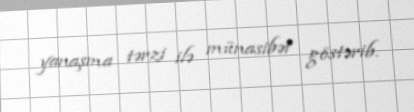
yanaşma tərzi ilə münasibət göstərib.